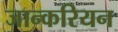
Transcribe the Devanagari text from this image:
जान्करियन